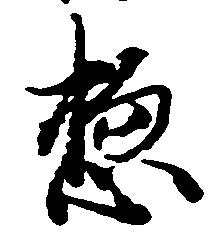
惣